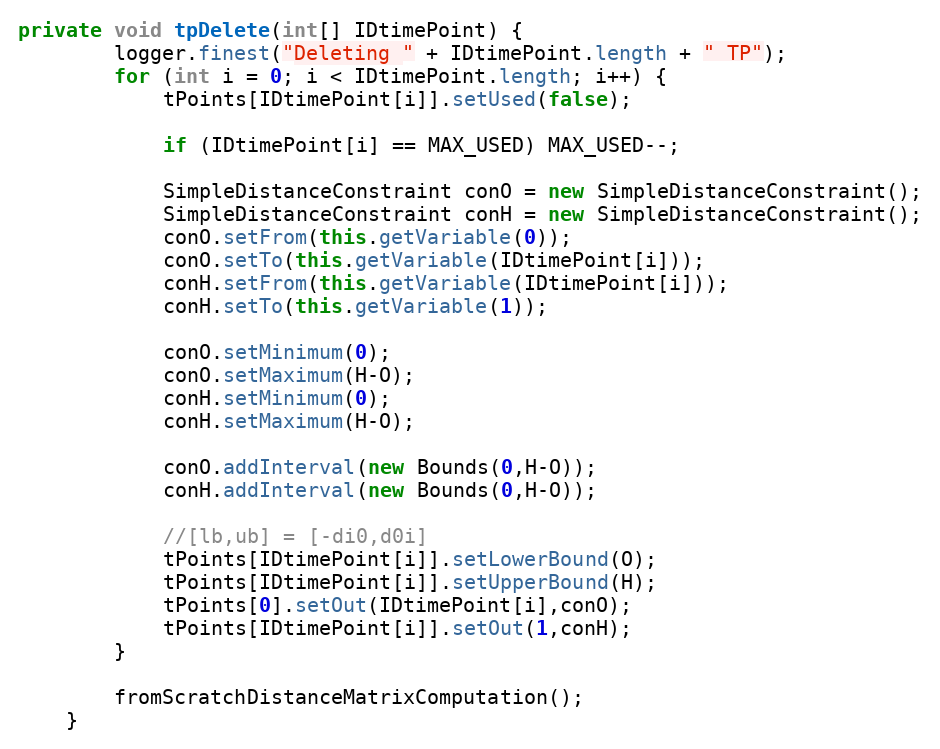
Language: Java
private void tpDelete(int[] IDtimePoint) {
		logger.finest("Deleting " + IDtimePoint.length + " TP");
		for (int i = 0; i < IDtimePoint.length; i++) {
			tPoints[IDtimePoint[i]].setUsed(false);

			if (IDtimePoint[i] == MAX_USED) MAX_USED--;

			SimpleDistanceConstraint conO = new SimpleDistanceConstraint();
			SimpleDistanceConstraint conH = new SimpleDistanceConstraint();
			conO.setFrom(this.getVariable(0));
			conO.setTo(this.getVariable(IDtimePoint[i]));
			conH.setFrom(this.getVariable(IDtimePoint[i]));
			conH.setTo(this.getVariable(1));

			conO.setMinimum(0);
			conO.setMaximum(H-O);
			conH.setMinimum(0);
			conH.setMaximum(H-O);

			conO.addInterval(new Bounds(0,H-O));
			conH.addInterval(new Bounds(0,H-O));

			//[lb,ub] = [-di0,d0i]
			tPoints[IDtimePoint[i]].setLowerBound(O);
			tPoints[IDtimePoint[i]].setUpperBound(H);
			tPoints[0].setOut(IDtimePoint[i],conO);
			tPoints[IDtimePoint[i]].setOut(1,conH);
		}

		fromScratchDistanceMatrixComputation();
	}